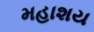
મહાશય